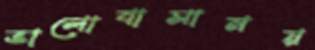
ভালোবাসাময়